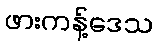
ဖားကန့်ဒေသ